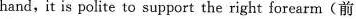
hand,it is polite to support the right forearm(前